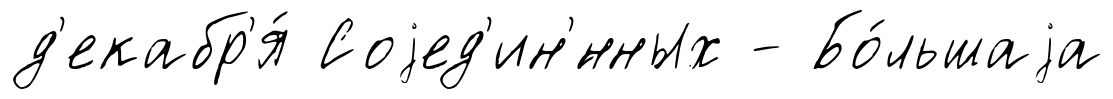
д'екабр'я́ Соjед'ин'́нных - Бо́льшаjа